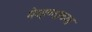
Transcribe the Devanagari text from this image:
मेव्हण्याच्या